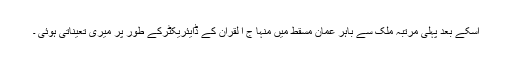
اسکے بعد پہلی مرتبہ ملک سے باہر عمان مسقط میں منہا ج ا لقران کے ڈایئریکٹرکے طور پر میری تعیناتی ہوئی ۔